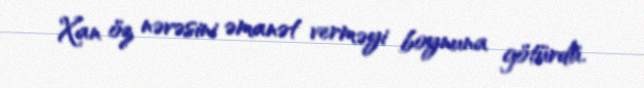
Xan öz nəvəsini əmanət verməyi boynuna götürdü.